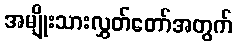
အမျိုးသားလွှတ်တော်အတွက်